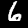
Digit: 6